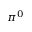
\pi ^ { 0 }